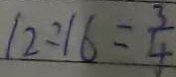
1 2 : 1 6 = \frac { 3 } { 4 }